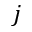
j